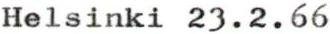
Helsinki 23.2.66